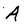
Character: A